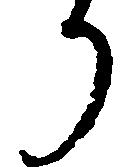
り